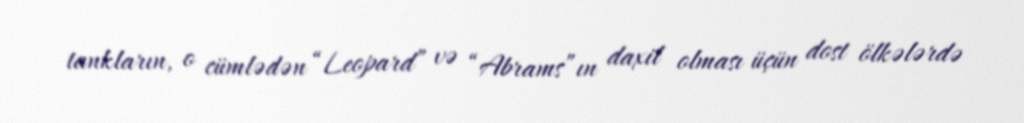
tankların, o cümlədən “Leopard” və “Abrams”ın daxil olması üçün dost ölkələrdə